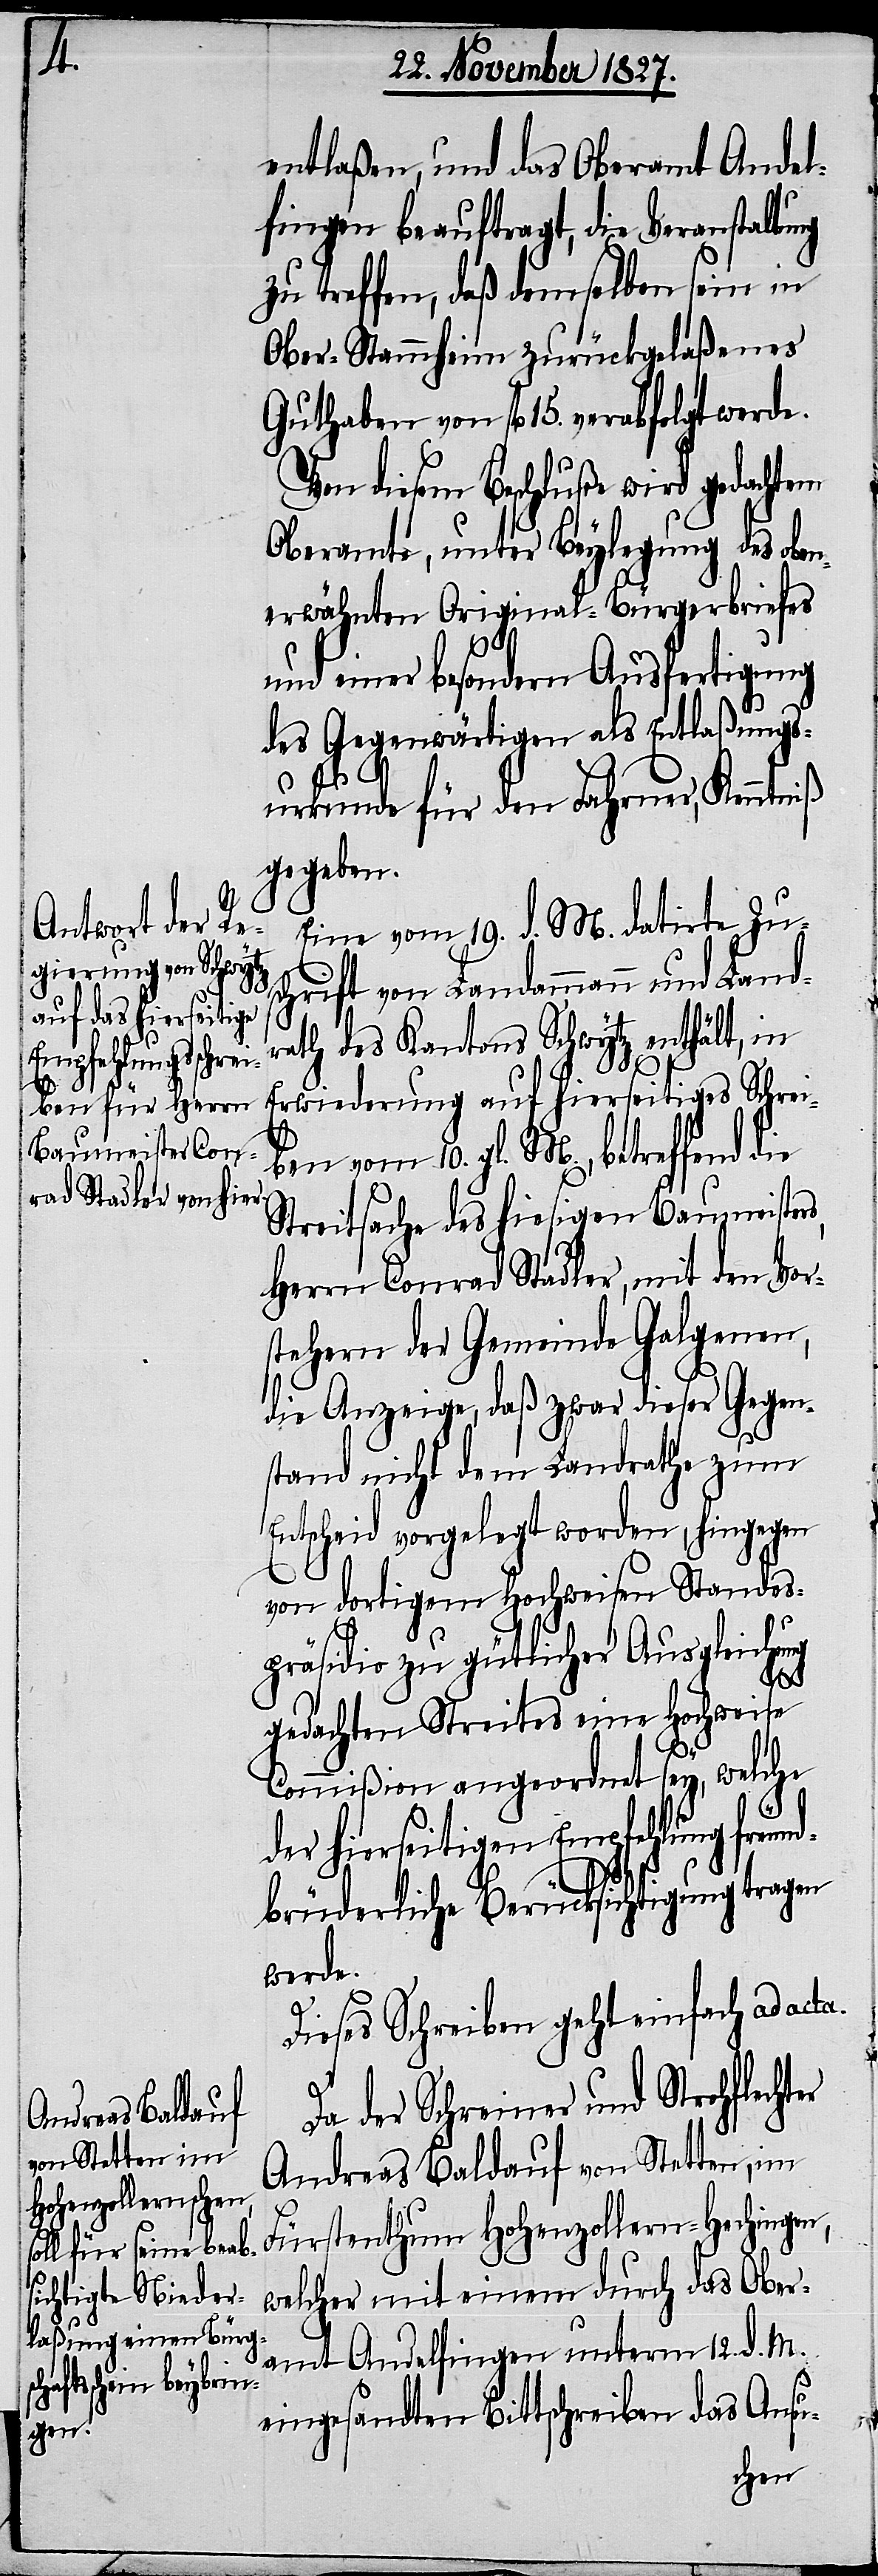
entlaßen, und das Oberamt Andel¬
fingen beauftragt, die Veranstaltung
zu treffen, daß demselben sein in
Ober-Stammheim zurückgelaßenes
Guthaben von fl. 15. verabfolgt werde.
Von diesem Beschluße wird gedacht¬
Oberamte, unter Beylegung des oben¬
erwähnten Original-Bürgerbriefes
und einer besondern Ausfertigung
des Gegenwärtigen als Entlaßungs¬
urkunde für den Fahrner, Kenntniß
gegeben.
Eine vom 19. d. M. datirte Zu¬
schrift von Landammann und Land¬
rath des Kantons Schwytz enthält, in
Erwiederung auf hierseitiges Schrei¬
ben vom 10. gl. M., betreffend
Streitsache des hiesigen Baumeister¬
Herrn Conrad Stadler, mit den Vor¬
stehern der Gemeinde Galgenen,
die Anzeige, daß zwar dieser Gegen¬
stand nicht dem Landrathe zum
Entscheid vorgelegt worden, hingegen
von dortigem Hochweisen Standes¬
präsidio zu gütlicher Ausgleichung
er
gedachten Streites eine Hochweise
Commißion angeordnet sey, welche
der hierseitigen Empfehlung freun¬
s,
dbürgerliche Berücksichtigung tragen
werde.
Dieses Schreiben geht einfach ad a¬
Da der Schreiner und Strohflecht¬
Andreas Baldauf von Stetten, im
Fürstenthum Hohenzollern-Hechingen,
welcher mit einem durch das Ober¬
amt Andelfingen unterm 12. d. M.
eingesandten Bittschreiben das Ansu-